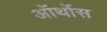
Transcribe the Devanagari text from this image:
ऑर्थोस